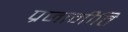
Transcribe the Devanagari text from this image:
प्रजानीति